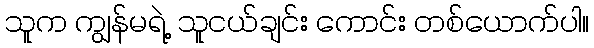
သူက ကျွန်မရဲ့ သူငယ်ချင်း ကောင်း တစ်ယောက်ပါ။